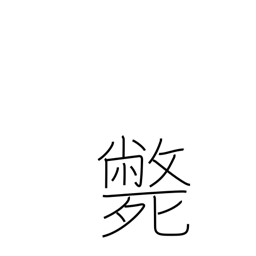
Meaning: die violent death